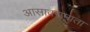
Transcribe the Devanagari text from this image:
आसावरामाता